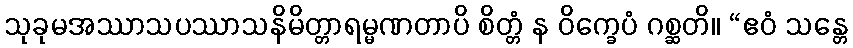
သုခုမအဿာသပဿာသနိမိတ္တာရမ္မဏတာပိ စိတ္တံ န ဝိက္ခေပံ ဂစ္ဆတိ။ “ဧဝံ သန္တေ